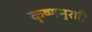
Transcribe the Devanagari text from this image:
कृष्णमुरारि